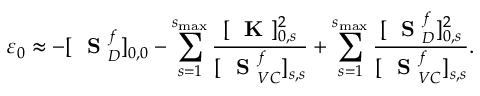
\varepsilon _ { 0 } \approx - [ \mathrm { ~ \bf ~ S ~ } _ { D } ^ { f } ] _ { 0 , 0 } - \sum _ { s = 1 } ^ { s _ { \mathrm { m a x } } } \frac { [ \mathrm { ~ \bf ~ K ~ } ] _ { 0 , s } ^ { 2 } } { [ \mathrm { ~ \bf ~ S ~ } _ { V C } ^ { f } ] _ { s , s } } + \sum _ { s = 1 } ^ { s _ { \mathrm { m a x } } } \frac { [ \mathrm { ~ \bf ~ S ~ } _ { D } ^ { f } ] _ { 0 , s } ^ { 2 } } { [ \mathrm { ~ \bf ~ S ~ } _ { V C } ^ { f } ] _ { s , s } } .